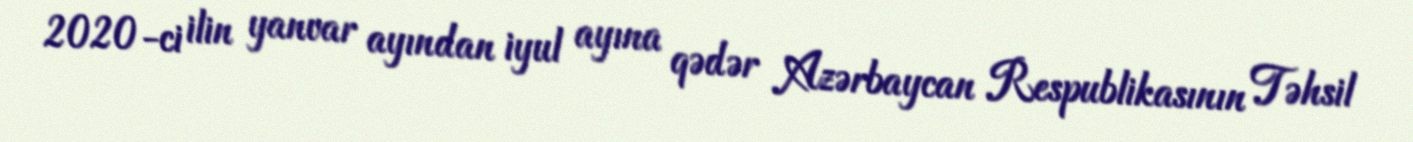
2020-ci ilin yanvar ayından iyul ayına qədər Azərbaycan Respublikasının Təhsil